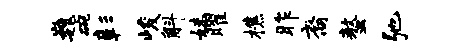
巍碗彰峻斛妹曜樵昨裔螯弛